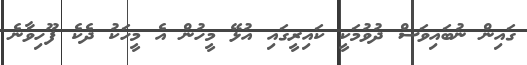
ގައިން ނުބައިވަސް ދުވުމަކީ ކައިރީގައި އުޅޭ މީހުން އެ މީހަކު ދެކެ ފޫހިވާނެ